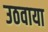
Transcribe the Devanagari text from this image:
उठवाया